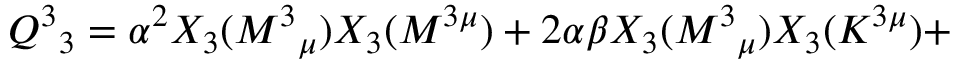
Q ^ { 3 } { } _ { 3 } = \alpha ^ { 2 } X _ { 3 } ( M ^ { 3 } { } _ { \mu } ) X _ { 3 } ( M ^ { 3 \mu } ) + 2 \alpha \beta X _ { 3 } ( M ^ { 3 } { } _ { \mu } ) X _ { 3 } ( K ^ { 3 \mu } ) +